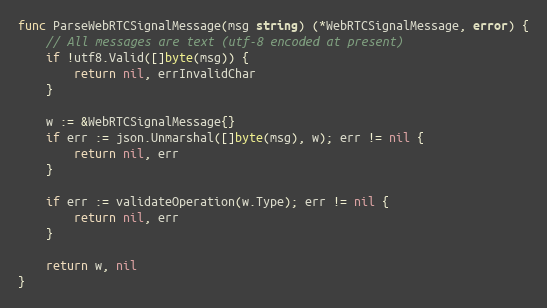
Language: Go
func ParseWebRTCSignalMessage(msg string) (*WebRTCSignalMessage, error) {
	// All messages are text (utf-8 encoded at present)
	if !utf8.Valid([]byte(msg)) {
		return nil, errInvalidChar
	}

	w := &WebRTCSignalMessage{}
	if err := json.Unmarshal([]byte(msg), w); err != nil {
		return nil, err
	}

	if err := validateOperation(w.Type); err != nil {
		return nil, err
	}

	return w, nil
}